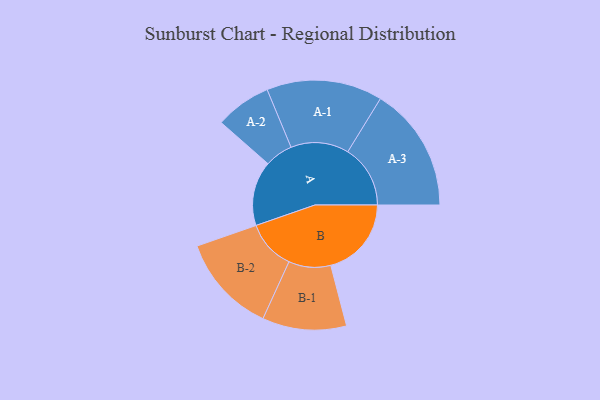
{"axis": {"x": "Segment", "y": "Value"}, "legend": ["", "A", "B"], "data": [{"x": "A", "y": 268, "type": ""}, {"x": "B", "y": 334, "type": ""}, {"x": "A-1", "y": 240, "type": "A"}, {"x": "A-2", "y": 116, "type": "A"}, {"x": "A-3", "y": 259, "type": "A"}, {"x": "B-1", "y": 174, "type": "B"}, {"x": "B-2", "y": 205, "type": "B"}]}